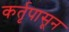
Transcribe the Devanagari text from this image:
कर्तृपासून